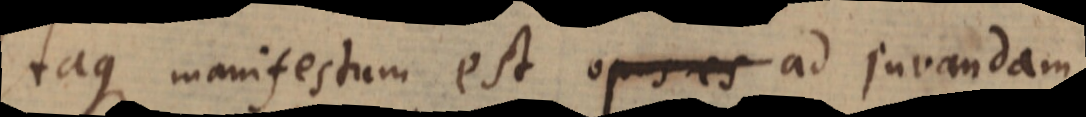
Itaque manifestum est opus es ad juvandam